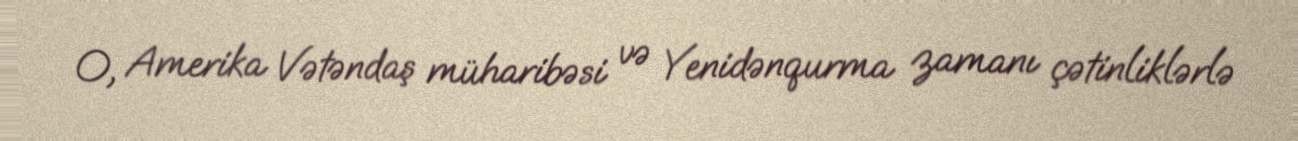
O, Amerika Vətəndaş müharibəsi və Yenidənqurma zamanı çətinliklərlə